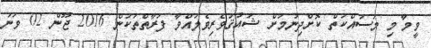
ވީމާ މި މަސައްކަތް ކޮށްދިނުމަށް ޝައުޤުވެރިވެލައްވާ ފަރާތްތަކުން 2016 ޖޫން 02 ވަނަ